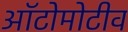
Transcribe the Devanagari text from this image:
ऑटोमोटीव